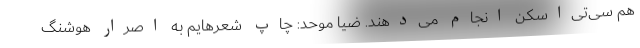
هم سی‌تی‌اسکن انجام می‌دهند. ضیا موحد: چاپ شعرهایم به اصرار هوشنگ